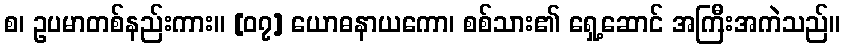
စ၊ ဥပမာတစ်နည်းကား။ [၀၇] ယောဓနာယကော၊ စစ်သား၏ ရှေ့ဆောင် အကြီးအကဲသည်။